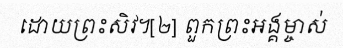
ដោយព្រះសិវ។[២] ពួកព្រះអង្គម្ចាស់